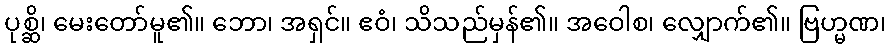
ပုစ္ဆိ၊ မေးတော်မူ၏။ ဘော၊ အရှင်။ ဧဝံ၊ သိသည်မှန်၏။ အဝေါစ၊ လျှောက်၏။ ဗြဟ္မဏ၊